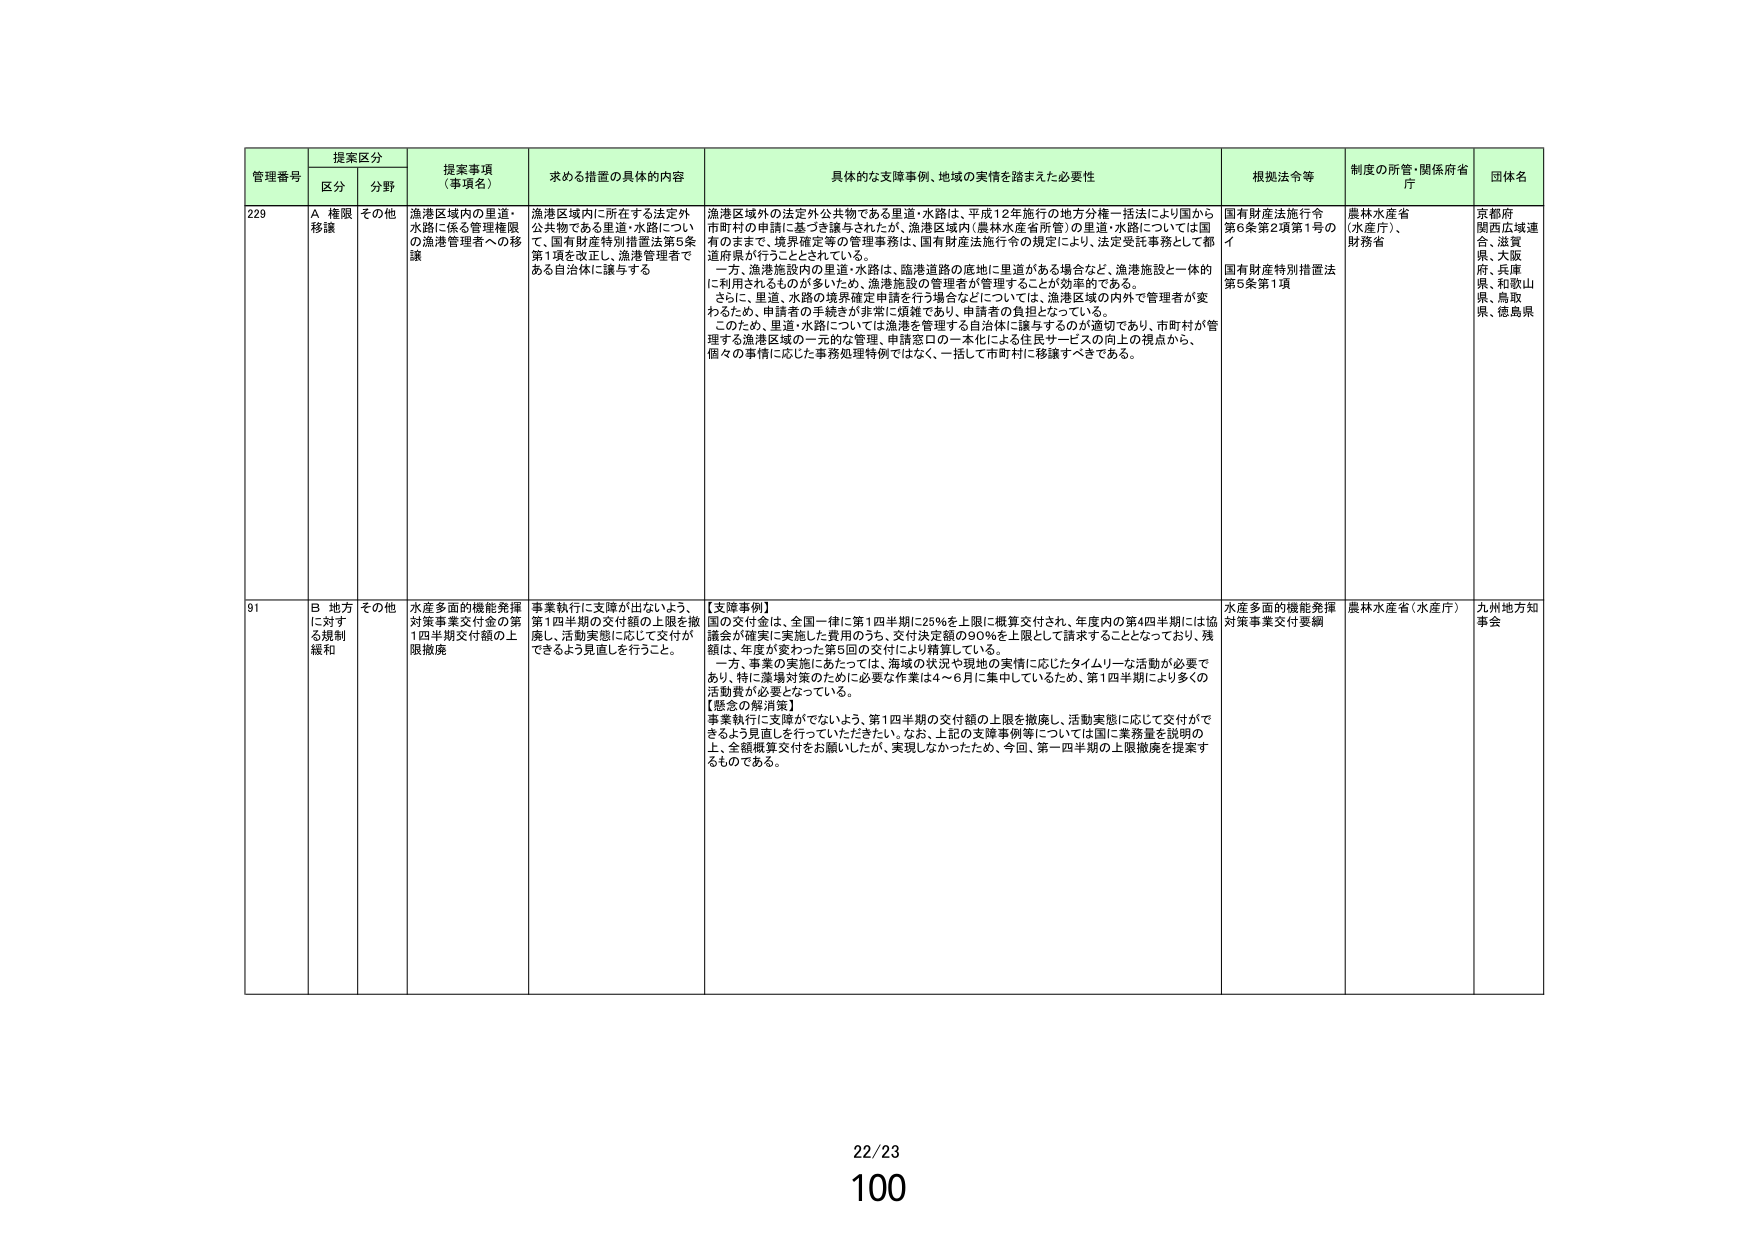
管理番号 提案区分 提案事項（事項名） 求める措置の具体的内容 具体的な支障事例、地域の実情を踏まえた必要性 根拠法令等 制度の所管・関係府省庁 団体名
区分 分野
229 A 権限移譲 その他 漁港区域内の里道・水路に係る管理権限の漁港管理者への移譲 漁港区域内に所在する法定外公共物である里道・水路について、国有財産特別措置法第5条第1項を改正し、漁港管理者である自治体に譲与する 漁港区域外の法定外公共物である里道・水路は、平成12年施行の地方分権一括法により国から市町村の申請に基づき譲与されたが、漁港区域内（農林水産省所管）の里道・水路については国有的ままで、境界確定等の管理事務は、国有財産法施行令の規定により、法定受託事務として都道府県が行うこととされている。 一方、漁港施設内の里道・水路は、臨港道路の底地に里道がある場合など、漁港施設と一体的に利用されるものが多いため、漁港施設の管理者が管理することが効率的である。 さらに、里道・水路の境界確定申請を行う場合などについては、漁港区域の内外で管理者が変わるため、申請者の手続きが非常に煩雑であり、申請者の負担となっている。 このため、里道・水路については漁港を管理する自治体に譲与するのが適切であり、市町村が管理する漁港区域の一元的な管理、申請窓口の一元化による住民サービスの向上の視点から、個々の事情に応じた事務処理特例ではなく、一括して市町村に移譲すべきである。 国有財産法施行令第6条第2項第1号のイ 国有財産特別措置法第5条第1項 農林水産省（水産庁）、財務省 京都府 関西広域連合、滋賀県、大阪府、兵庫県、和歌山県、鳥取県、徳島県
91 B 地方に対する規制緩和 その他 水産多面的機能発揮対策事業交付金の第1四半期交付額の上限撤廃 事業執行に支障が出ないよう、第1四半期の交付額の上限を撤廃し、活動実態に応じて交付ができるよう見直しを行うこと。 【支障事例】 国の交付金は、全国一律に第1四半期に25％を上限に概算交付され、年度内の第4四半期には協議会が確実に実施した費用のうち、交付決定額の90％を上限として請求することとなっており、残額は、年度が変わった第5回の交付により精算している。 一方、事業の実施にあたっては、海域の状況や現地の実情に応じたタイムリーな活動が必要であり、特に漁場対策のために必要な作業は4～6月に集中しているため、第1四半期により多くの活動費が必要となっている。 【懸念の解消策】 事業執行に支障がでないよう、第1四半期の交付額の上限を撤廃し、活動実態に応じて交付ができるよう見直しを行っていただきたい。なお、上記の支障事例等については国に業務量を説明の上、全額概算交付をお願いしたが、実現しなかったため、今回、第一四半期の上限撤廃を提案するものである。 水産多面的機能発揮対策事業交付要綱 農林水産省（水産庁） 九州地方知事会
22/23
100